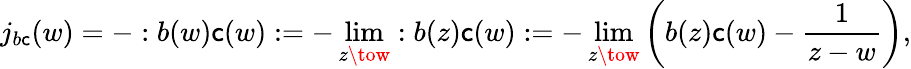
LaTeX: j_{b\mathsf{c}}(w)=-:b(w)\mathsf{c}(w):=-\operatorname*{lim}_{z\tow}:b(z)\mathsf{c}(w):=-\operatorname*{lim}_{z\tow}\left(b(z)\mathsf{c}(w)-\frac{{1}}{{z-w}}\right),